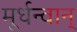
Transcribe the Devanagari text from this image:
मूर्धन्वान्